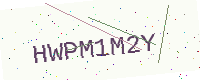
Text: HWPM1M2Y